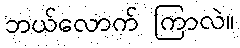
ဘယ်လောက် ကြာလဲ။